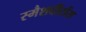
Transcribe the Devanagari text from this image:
स्मैशदीटोंस